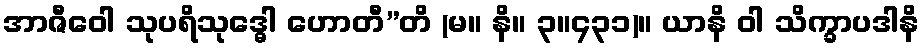
အာဇီဝေါ သုပရိသုဒ္ဓေါ ဟောတီ”တိ (မ။ နိ။ ၃။၄၃၁)။ ယာနိ ဝါ သိက္ခာပဒါနိ